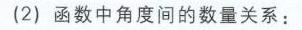
(2) 函数中角度间的数量关系：